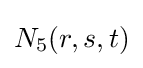
N_{5}(r,s,t)